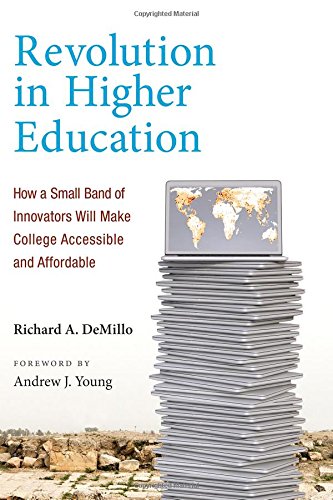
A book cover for Revolution in Higher Education: How a Small Band of Innovators Will Make College Accessible and Affordable; Richard A. DeMillo; Education & Teaching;